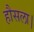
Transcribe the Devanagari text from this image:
हौसला।